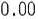
0.00